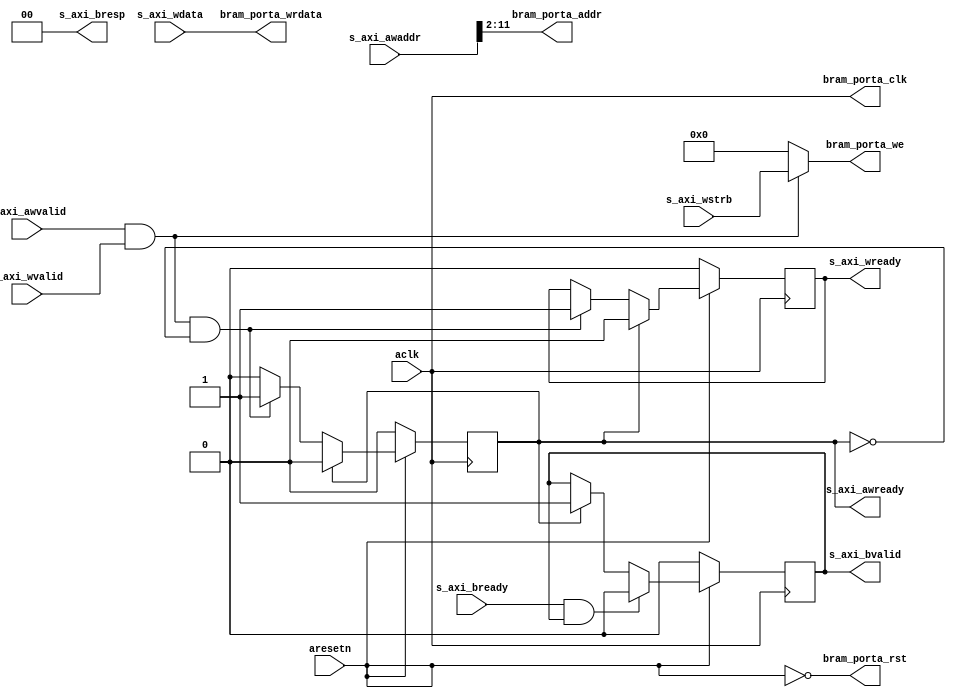
module axi_bram_writer #
(
  parameter integer AXI_DATA_WIDTH = 32,
  parameter integer AXI_ADDR_WIDTH = 32,
  parameter integer BRAM_DATA_WIDTH = 32,
  parameter integer BRAM_ADDR_WIDTH = 10
)
(
  // System signals
  input  wire                         aclk,
  input  wire                         aresetn,

  // Slave side
  input  wire [AXI_ADDR_WIDTH-1:0]    s_axi_awaddr,  // AXI4-Lite slave: Write address
  input  wire                         s_axi_awvalid, // AXI4-Lite slave: Write address valid
  output wire                         s_axi_awready, // AXI4-Lite slave: Write address ready
  input  wire [AXI_DATA_WIDTH-1:0]    s_axi_wdata,   // AXI4-Lite slave: Write data
  input  wire [AXI_DATA_WIDTH/8-1:0]  s_axi_wstrb,   // AXI4-Lite slave: Write strobe
  input  wire                         s_axi_wvalid,  // AXI4-Lite slave: Write data valid
  output wire                         s_axi_wready,  // AXI4-Lite slave: Write data ready
  output wire [1:0]                   s_axi_bresp,   // AXI4-Lite slave: Write response
  output wire                         s_axi_bvalid,  // AXI4-Lite slave: Write response valid
  input  wire                         s_axi_bready,  // AXI4-Lite slave: Write response ready

  // BRAM port
  output wire                         bram_porta_clk,
  output wire                         bram_porta_rst,
  output wire [BRAM_ADDR_WIDTH-1:0]   bram_porta_addr,
  output wire [BRAM_DATA_WIDTH-1:0]   bram_porta_wrdata,
  output wire [BRAM_DATA_WIDTH/8-1:0] bram_porta_we
);

  function integer clogb2 (input integer value);
    for(clogb2 = 0; value > 0; clogb2 = clogb2 + 1) value = value >> 1;
  endfunction

  localparam integer ADDR_LSB = clogb2(AXI_DATA_WIDTH/8 - 1);

  reg int_awready_reg, int_awready_next;
  reg int_wready_reg, int_wready_next;
  reg int_bvalid_reg, int_bvalid_next;
  wire int_wvalid_wire;

  assign int_wvalid_wire = s_axi_awvalid & s_axi_wvalid;

  always @(posedge aclk)
  begin
    if(~aresetn)
    begin
      int_awready_reg <= 1'b0;
      int_wready_reg <= 1'b0;
      int_bvalid_reg <= 1'b0;
    end
    else
    begin
      int_awready_reg <= int_awready_next;
      int_wready_reg <= int_wready_next;
      int_bvalid_reg <= int_bvalid_next;
    end
  end

  always @*
  begin
    int_awready_next = int_awready_reg;
    int_wready_next = int_wready_reg;
    int_bvalid_next = int_bvalid_reg;

    if(int_wvalid_wire & ~int_awready_reg)
    begin
      int_awready_next = 1'b1;
      int_wready_next = 1'b1;
    end

    if(int_awready_reg)
    begin
      int_awready_next = 1'b0;
      int_wready_next = 1'b0;
      int_bvalid_next = 1'b1;
    end

    if(s_axi_bready & int_bvalid_reg)
    begin
      int_bvalid_next = 1'b0;
    end
  end

  assign s_axi_bresp = 2'd0;

  assign s_axi_awready = int_awready_reg;
  assign s_axi_wready = int_wready_reg;
  assign s_axi_bvalid = int_bvalid_reg;

  assign bram_porta_clk = aclk;
  assign bram_porta_rst = ~aresetn;
  assign bram_porta_addr = s_axi_awaddr[ADDR_LSB+BRAM_ADDR_WIDTH-1:ADDR_LSB];
  assign bram_porta_wrdata = s_axi_wdata;
  assign bram_porta_we = int_wvalid_wire ? s_axi_wstrb : {(BRAM_DATA_WIDTH/8){1'b0}};

endmodule